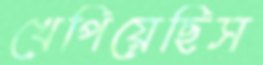
খেপিয়েছিস